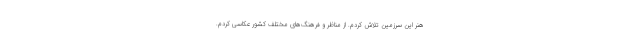
هنر این سرزمین تلاش کردم. از مناظر و فرهنگ‌های مختلف کشور عکاسی کردم.